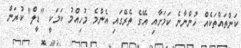
ކަންތައްތަކެއް ހުންނާނެ ކަމަށާއި އޭގެ ތެރޭގައި އެންމެ މުހިއްމު ކަމަކީ "ޑީލް" ކުރަން